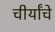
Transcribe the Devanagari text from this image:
चीर्यांचे